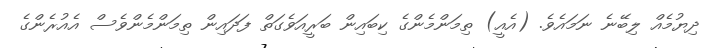
ދިޔުމެއް ލިބޭނެ ނަމައެވެ. (އެއީ) ތިމަންމެންގެ ކިބައިން ބަރީއަވެގަތް ފަދައިން ތިމަންމެންވެސް އެއުރެންގެ